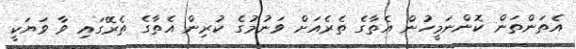
އެތަންތަން ކޮންނަމީހުން އެތާގެ ތެރެއަށް ވަނުމުގެ ކުރިން އެތާގެ ތެރޭގައި ވާ ވަޔަކީ